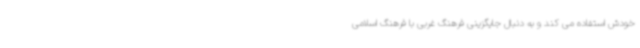
خودش استفاده می کند و به دنبال جایگزینی فرهنگ غربی با فرهنگ اسلامی